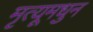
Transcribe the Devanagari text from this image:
मृत्यूमधुन